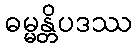
ဓမ္မန္တိပဒဿ